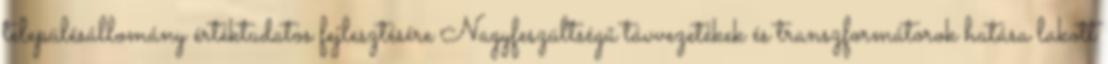
településállomány értéktudatos fejlesztésére Nagyfeszültségű távvezetékek és transzformátorok hatása lakott